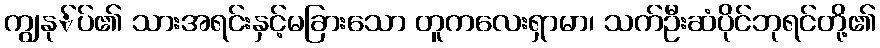
ကျွနု်ပ်၏ သားအရင်းနှင့်မခြားသော တူကလေးရှာမာ၊ သက်ဦးဆံပိုင်ဘုရင်တို့၏